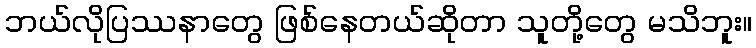
ဘယ်လိုပြဿနာတွေ ဖြစ်နေတယ်ဆိုတာ သူတို့တွေ မသိဘူး။